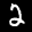
Label: 2